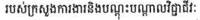
របស់ក្រសួងការងារនិងបណ្តុះបណ្តាលវិជ្ជាជីវៈ